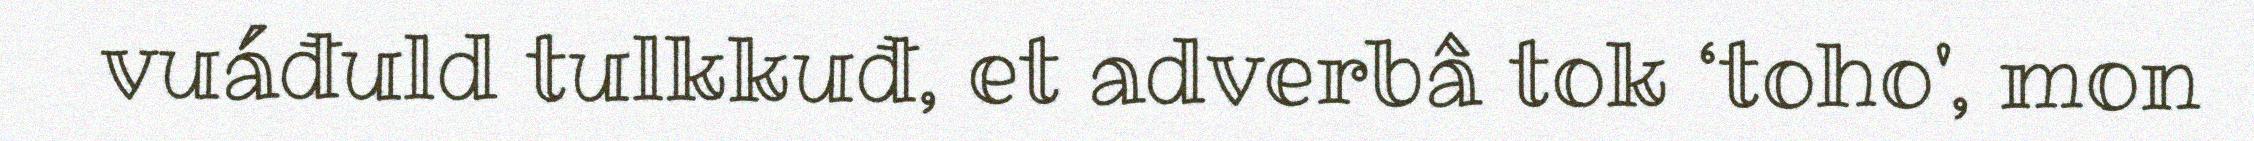
vuáđuld tulkkuđ, et adverbâ tok ‘toho', mon